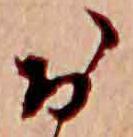
お